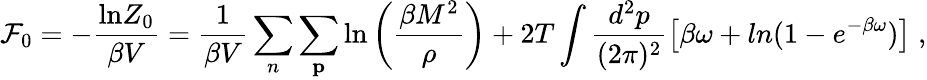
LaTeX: {\cal F}_{0}=-\frac{\mathrm{ln}Z_{0}}{\beta V}=\frac{1}{\beta V}\sum_{n}\sum_{\mathbf p}\mathrm{ln}\left(\frac{\beta M^{2}}{\rho}\right)+2T\int\frac{d^{2}p}{(2\pi)^{2}}\left[\beta\omega+ln(1-e^{-\beta\omega})\right]\; ,